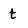
Character: t